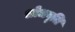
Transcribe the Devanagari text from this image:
शोधवृति